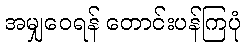
အမျှဝေရန် တောင်းပန်ကြပုံ